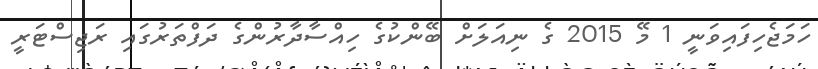
ހަމަޖެހިފައިވަނީ 1 މޭ 2015 ގެ ނިއަލަށް ބޭންކުގެ ހިއްސާދާރުންގެ ދަފްތަރުގައި ރަޖިސްޓަރީ